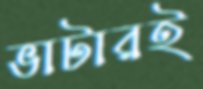
ভাটারই